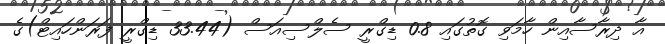
އާ ދިރާސާއިން ހާމަވި ގޮތުގައި 0.8 ޑިގްރީ ސެލްސިއަސް (33.44 ޑިގްރީ ފަރަންހައިޓް)ގެ